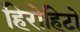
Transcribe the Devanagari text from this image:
हिरोहिटो